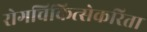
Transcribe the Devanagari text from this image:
रोगचिकित्सेकरिता